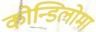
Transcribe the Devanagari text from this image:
कोन्डिलोमा